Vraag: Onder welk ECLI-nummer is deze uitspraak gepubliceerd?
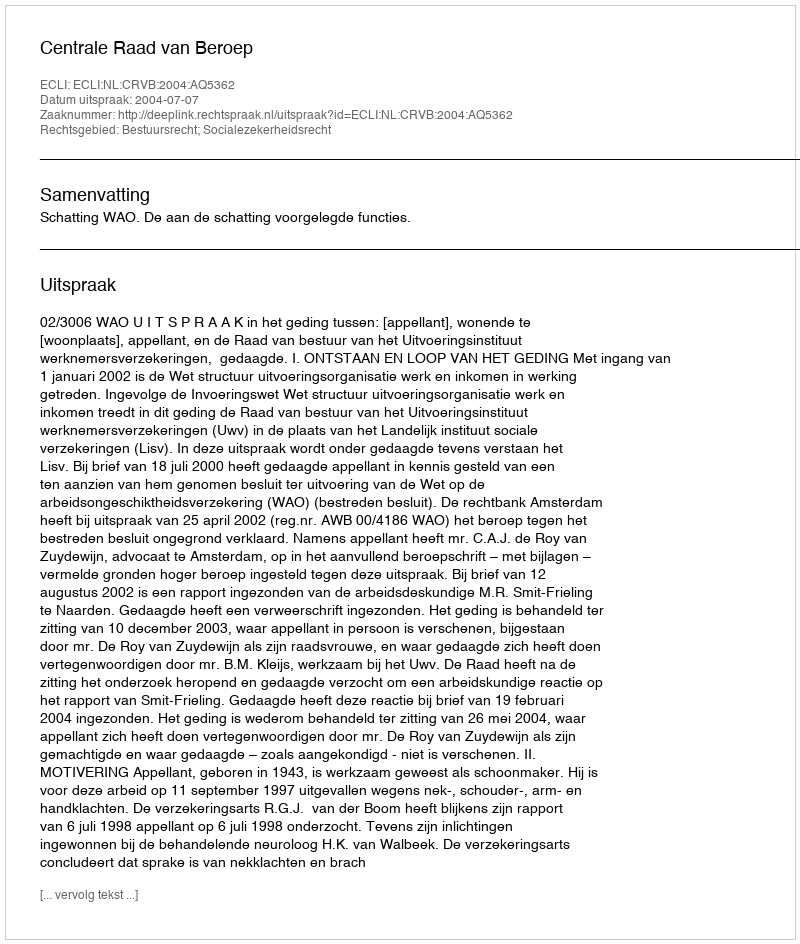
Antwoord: ECLI:NL:CRVB:2004:AQ5362